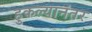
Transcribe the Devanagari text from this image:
हुकल्यानंतर